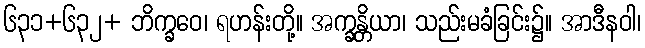
၆၃၁+၆၃၂+ ဘိက္ခဝေ၊ ရဟန်းတို့။ အက္ခန္တိယာ၊ သည်းမခံခြင်း၌။ အာဒီနဝါ၊